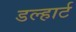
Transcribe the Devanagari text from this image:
डल्हार्ट